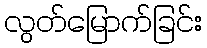
လွတ်မြောက်ခြင်း